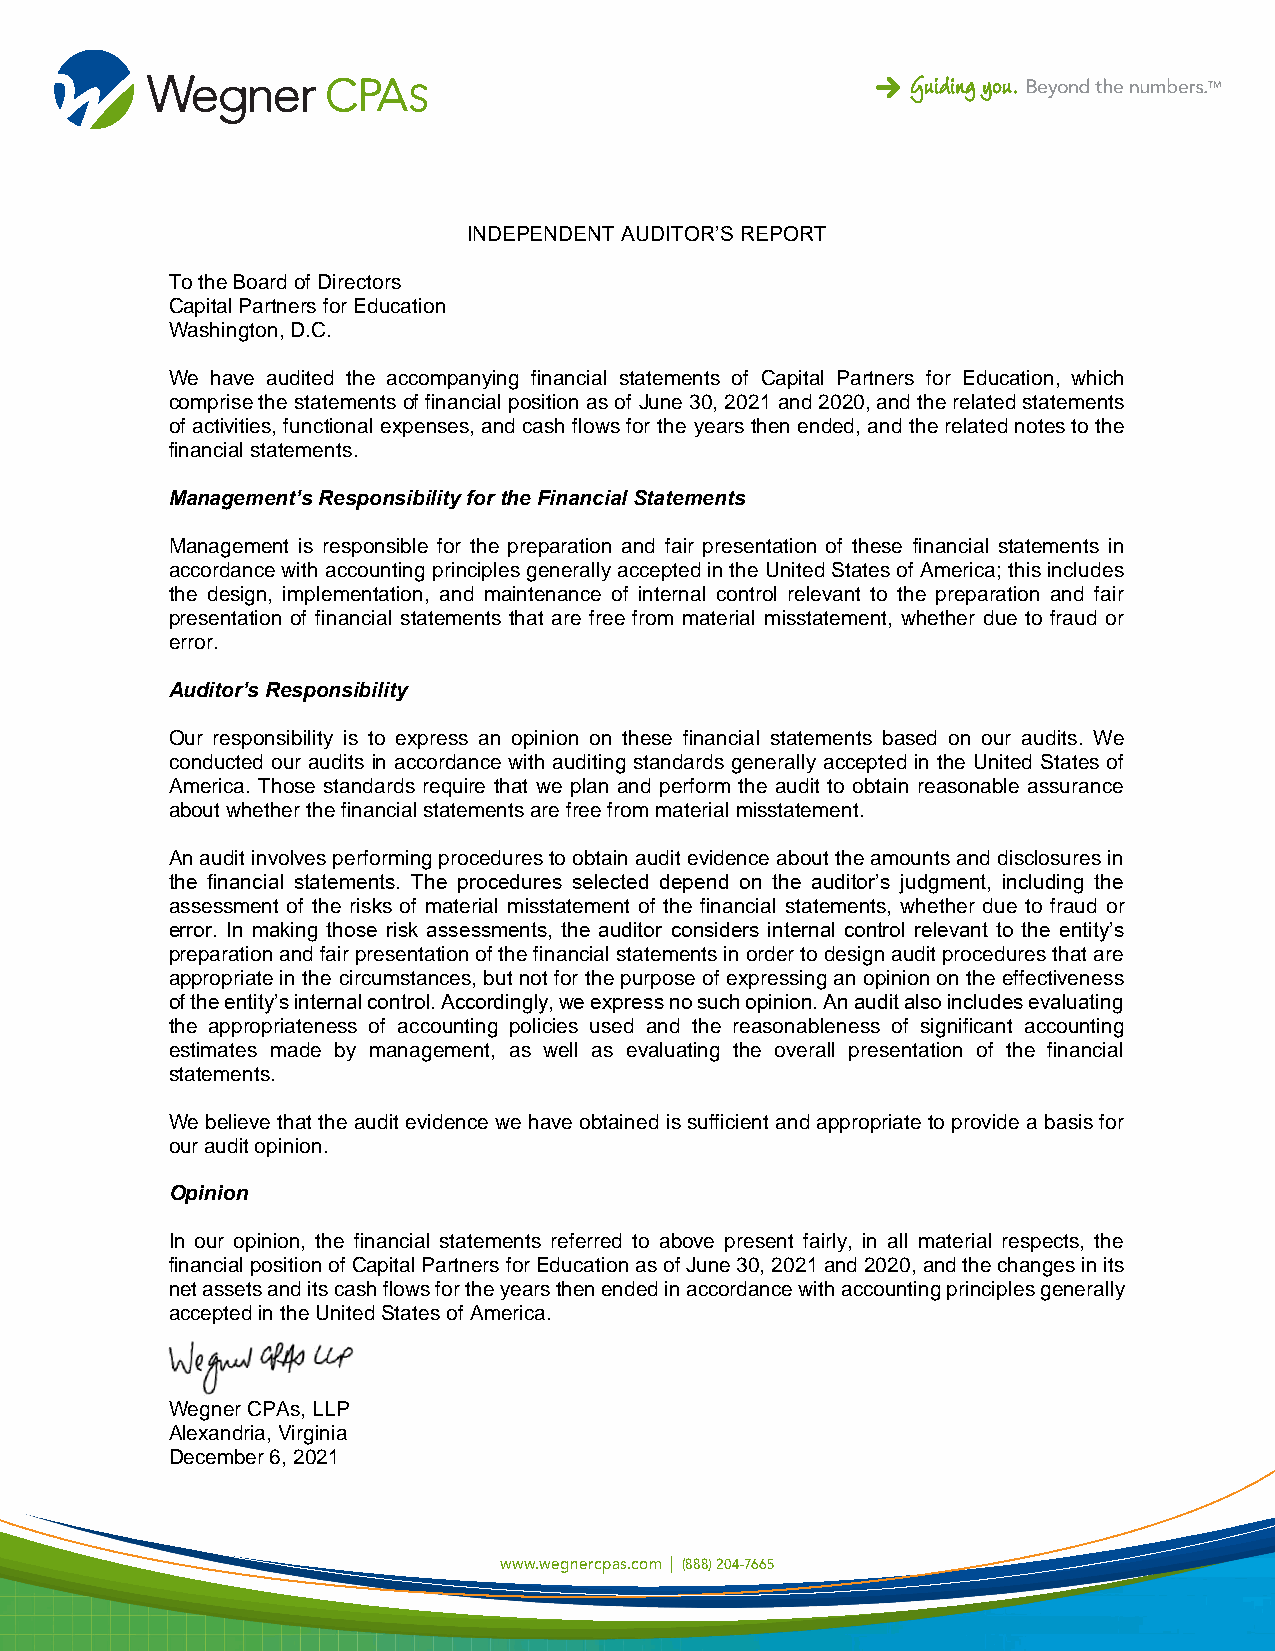
INDEPENDENT AUDITOR’S REPORT
 To the Board of Directors
 Capital Partners for Education
 Washington, D.C.
 We have audited the accompanying financial statements of Capital Partners for Education, which
 comprise the statements of financial position as of June 30, 2021 and 2020, and the related statements
 of activities, functional expenses, and cash flows for the years then ended, and the related notes to the
 financial statements.
 Management’s Responsibility for the Financial Statements
 Management is responsible for the preparation and fair presentation of these financial statements in
 accordance with accounting principles generally accepted in the United States of America; this includes
 the design, implementation, and maintenance of internal control relevant to the preparation and fair
 presentation of financial statements that are free from material misstatement, whether due to fraud or
 error.
 Auditor’s Responsibility
 Our responsibility is to express an opinion on these financial statements based on our audits. We
 conducted our audits in accordance with auditing standards generally accepted in the United States of
 America. Those standards require that we plan and perform the audit to obtain reasonable assurance
 about whether the financial statements are free from material misstatement.
 An audit involves performing procedures to obtain audit evidence about the amounts and disclosures in
 the financial statements. The procedures selected depend on the auditor’s judgment, including the
 assessment of the risks of material misstatement of the financial statements, whether due to fraud or
 error. In making those risk assessments, the auditor considers internal control relevant to the entity’s
 preparation and fair presentation of the financial statements in order to design audit procedures that are
 appropriate in the circumstances, but not for the purpose of expressing an opinion on the effectiveness
 of the entity’s internal control. Accordingly, we express no such opinion. An audit also includes evaluating
 the appropriateness of accounting policies used and the reasonableness of significant accounting
 estimates made by management, as well as evaluating the overall presentation of the financial
 statements.
 We believe that the audit evidence we have obtained is sufficient and appropriate to provide a basis for
 our audit opinion.
 Opinion
 In our opinion, the financial statements referred to above present fairly, in all material respects, the
 financial position of Capital Partners for Education as of June 30, 2021 and 2020, and the changes in its
 net assets and its cash flows for the years then ended in accordance with accounting principles generally
 accepted in the United States of America.
 Wegner CPAs, LLP
 Alexandria, Virginia
 December 6, 2021
 www.wegnercpas.com | (888) 204-7665